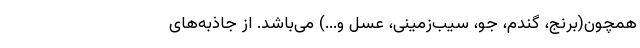
همچون(برنج، گندم، جو، سیب­زمینی، عسل و...) می‌­باشد. از جاذبه‌­های